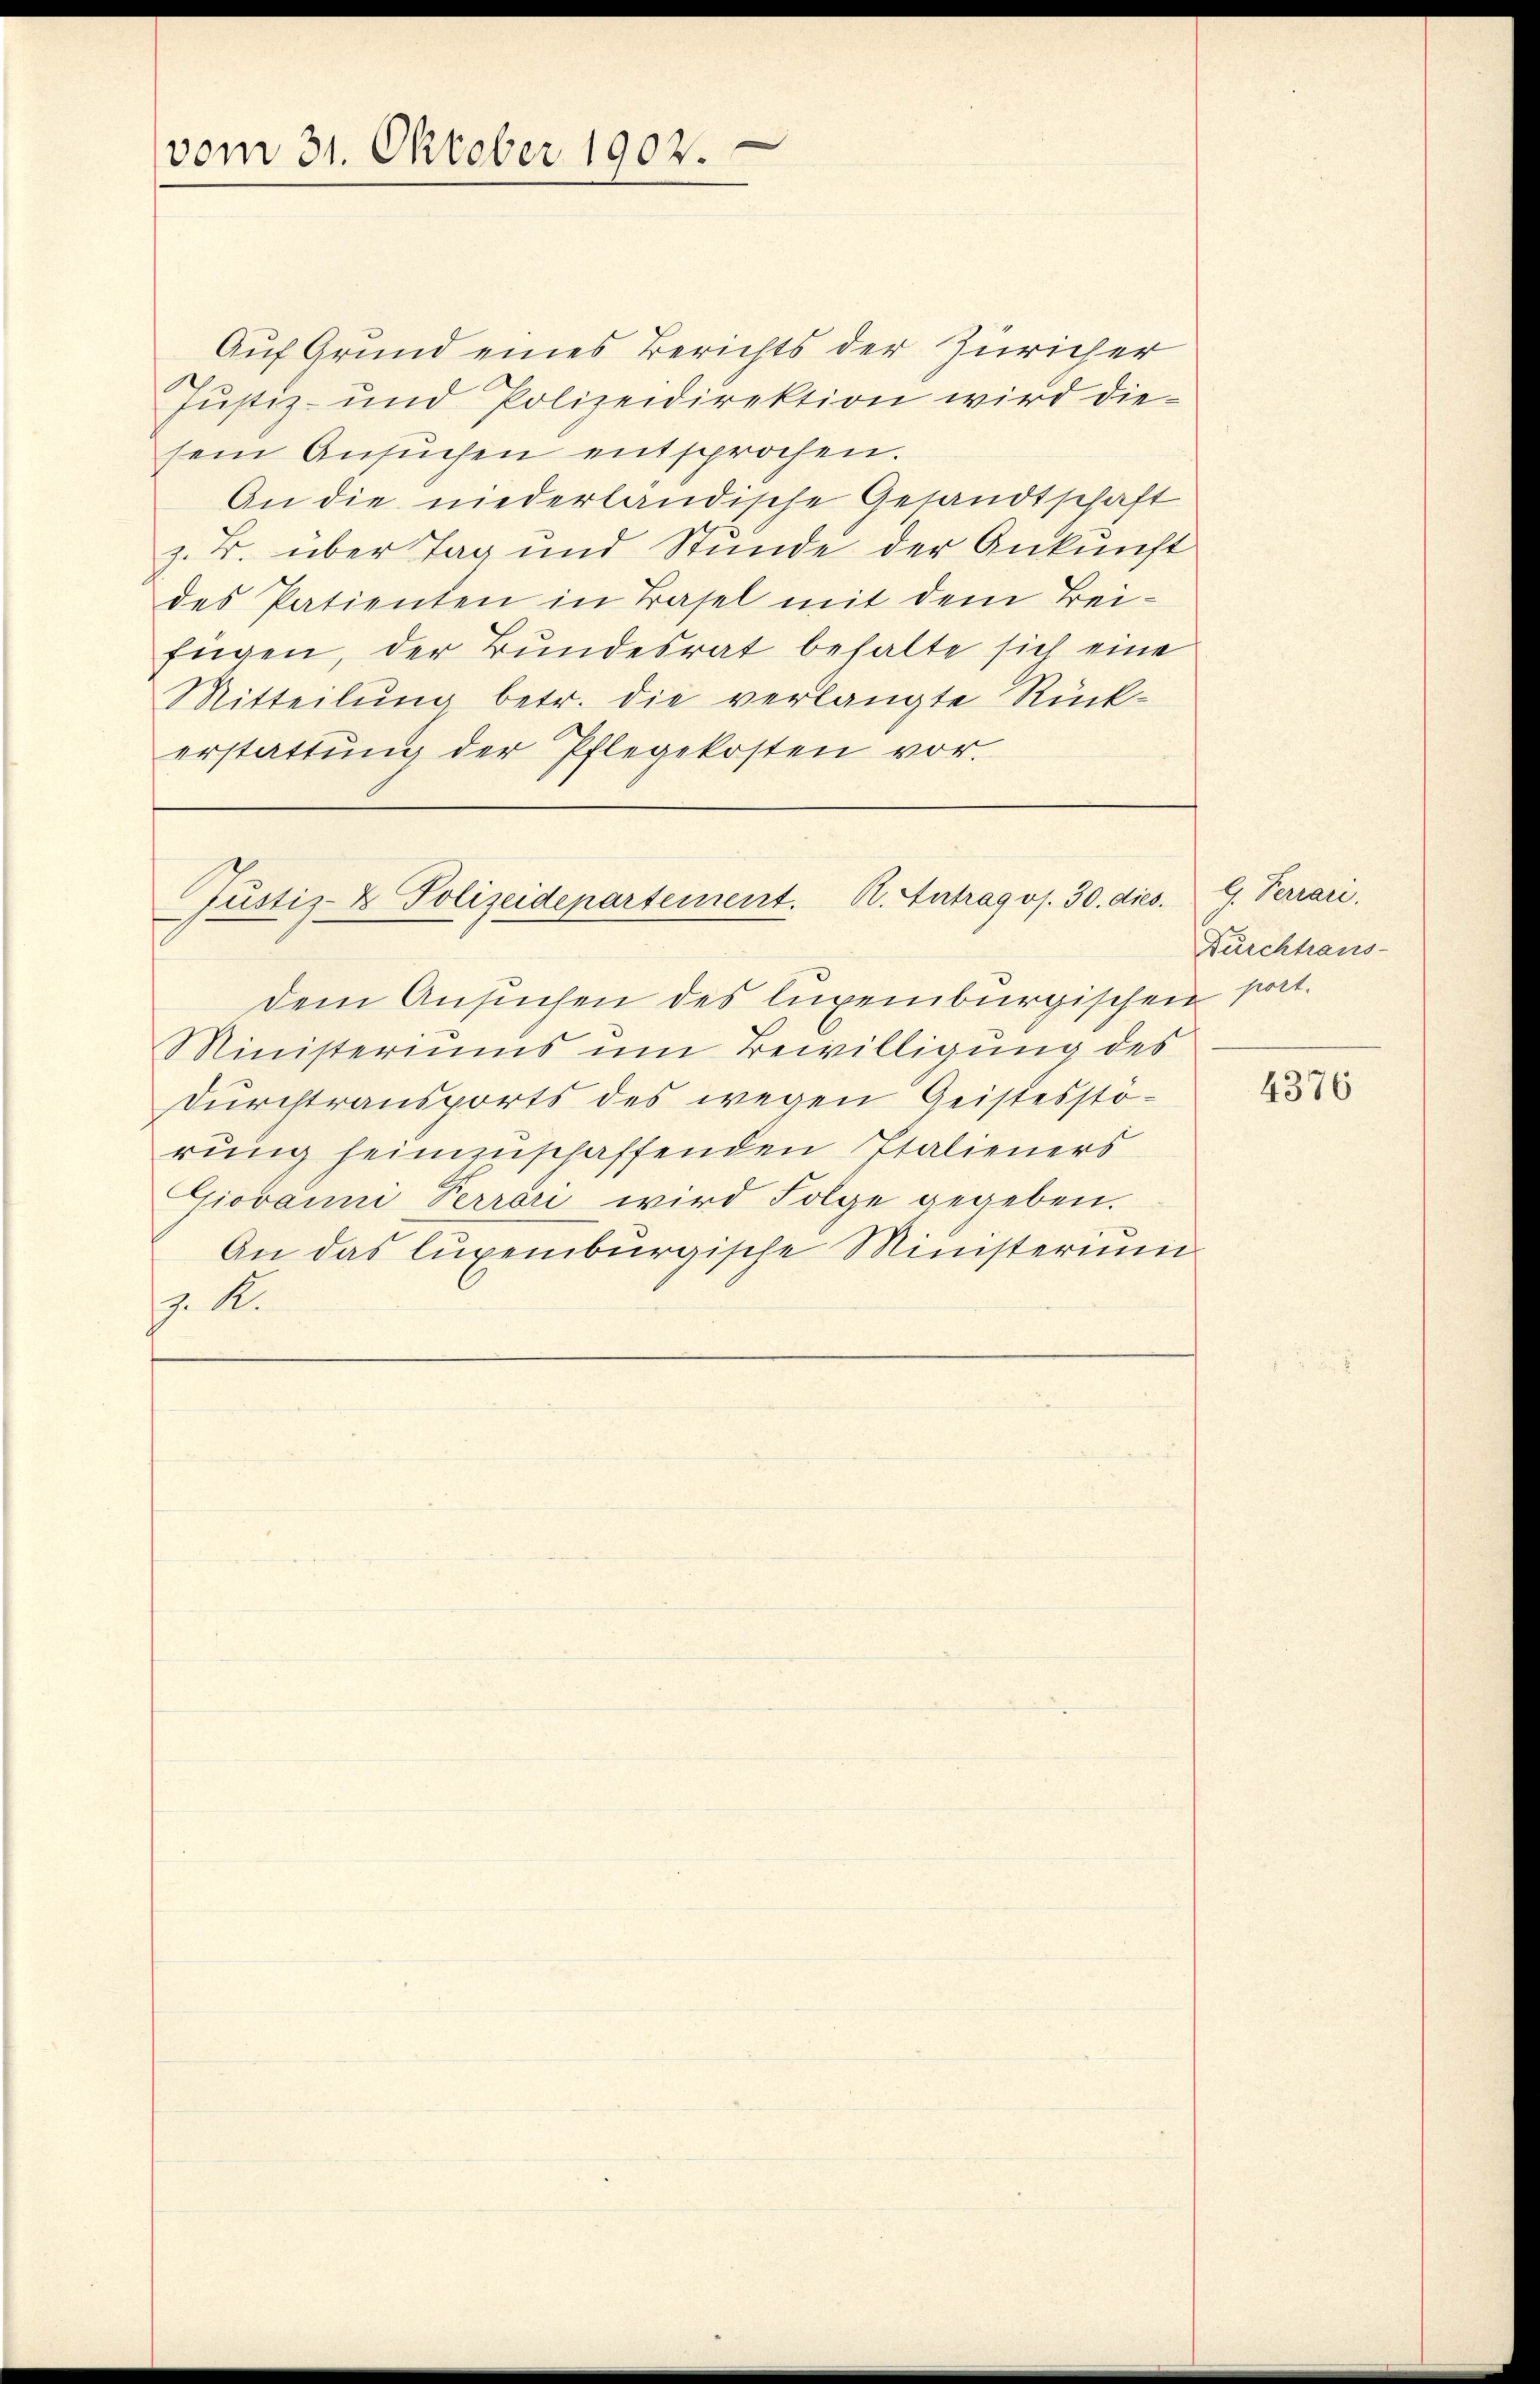
vom 31. Oktober 1902.

Auf Grund eines Berichts der Züricher
Justiz- und Polizeidirektion wird diesein Ansŭchen entsprochen.
An die niederländische Gesandtschaft
z. B. über Tag und Stunde der Ankunft
des Patienten in Basel mit dem Beifügen, der Bundesrat behalte sich eine
Mitteilung betr. die verlangte Rück-
erstattŭng der Pflegekosten vor.

Justiz- & Polizeidepartement. K. Antrag os. 30. dies

dem Ansuchen des luxenburgischen port.
Ministeriums um Bewilligung des
Durchtransports des wegen Geistesstörung heimzuschaffenden Italieners
Giovanni Perrori wird Folge gegeben.
An das luxenburgische Ministerium
. A.

G. Terrari.
Durchhaus-

4376